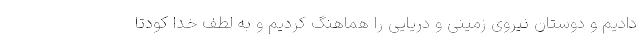
دادیم و دوستان نیروی زمینی و دریایی را هماهنگ کردیم و به لطف خدا کودتا